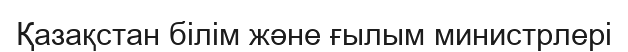
Қазақстан білім және ғылым министрлері